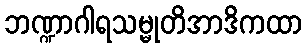
ဘဏ္ဍာဂါရသမ္မုတိအာဒိကထာ